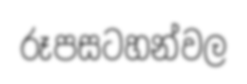
රූපසටහන්වල